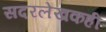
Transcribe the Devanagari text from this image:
सदरलेखकही